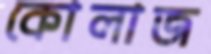
কোলাজ